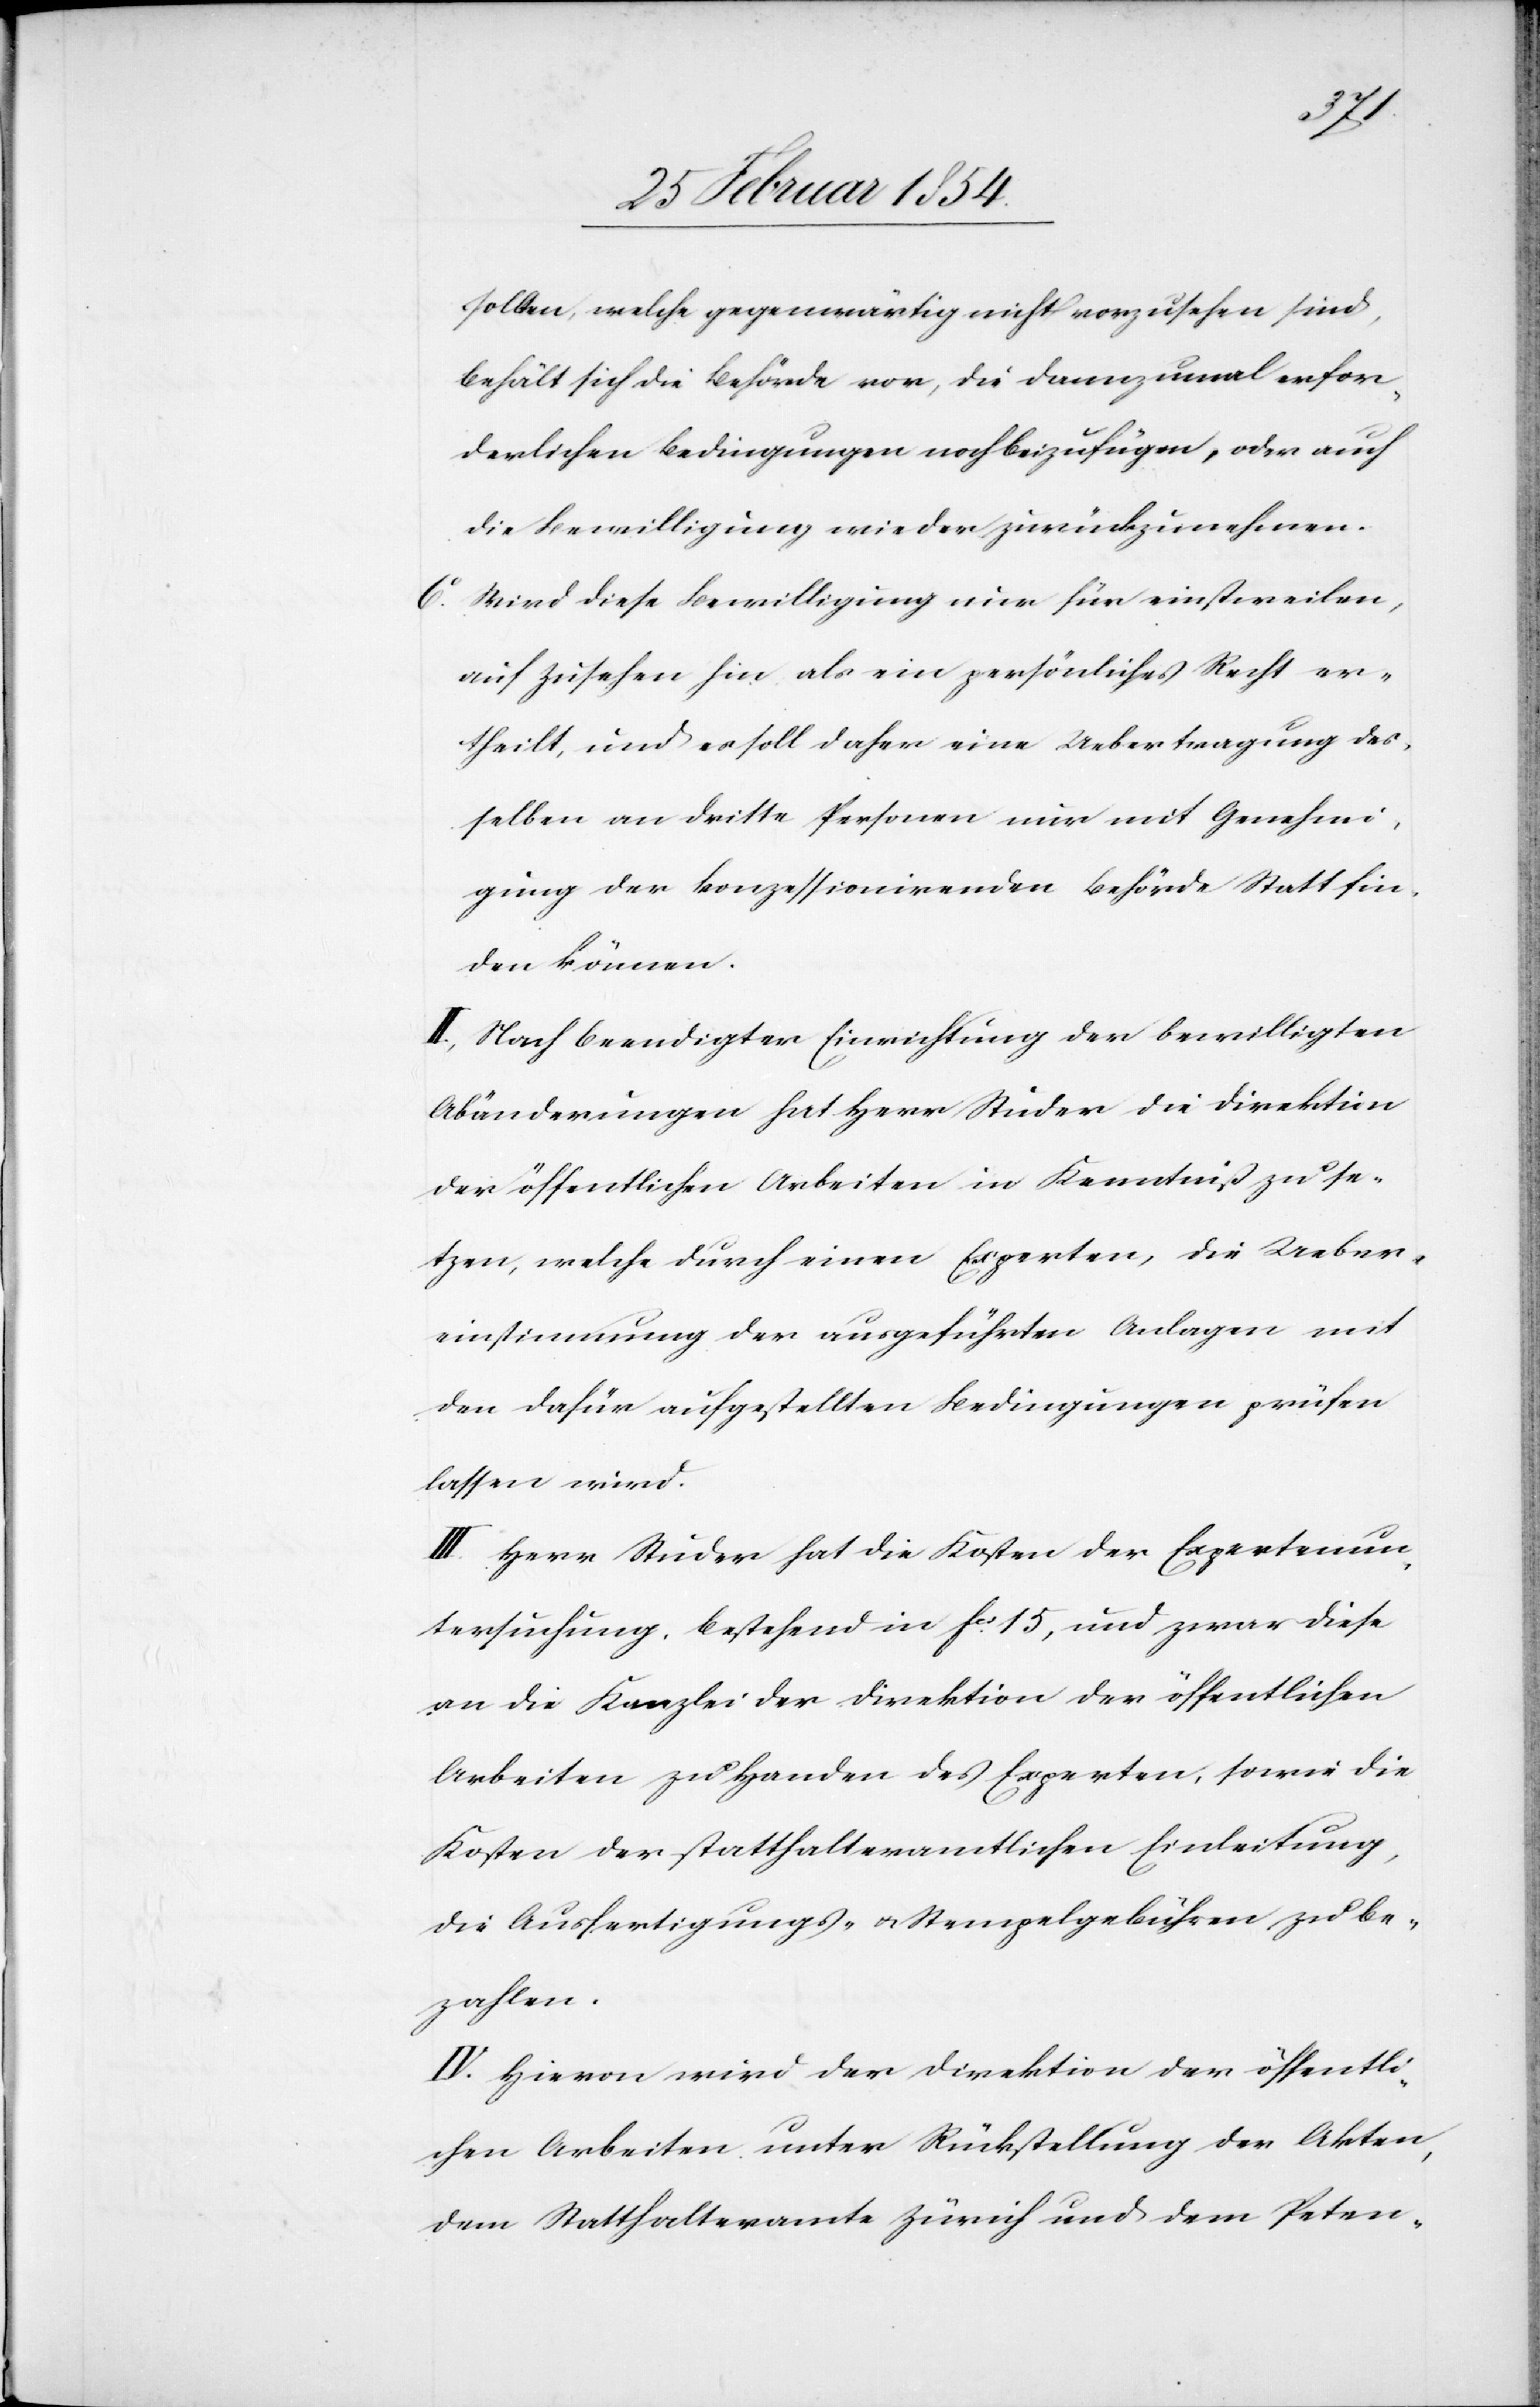
sollten, welche gegenwärtig nicht vorzusehen sind,
behält sich die Behörde vor, die dannzumal erfor¬
derlichen Bedingungen noch beizufügen, oder auch
die Bewilligung wieder zurückzunehmen.
6o Wird diese Bewilligung nur für einstweilen,
auf Zusehen hin als ein persönliches recht er¬
theilt, und es soll daher eine Uebertragung des¬
selben an dritte Personen nur mit Genehmi¬
gung der konzessionirenden Behörde Statt fin¬
den können.
II. Nach beendigter Einrichtung der bewilligten
Abänderungen hat Herr Studer die Direktion
der öffentlichen Arbeiten in Kenntniß zu se¬
tzen, welche durch einen Experten, die Ueber¬
einstimmung der ausgeführten Anlagen mit
den dafür aufgestellten Bedingungen prüfen
lassen wird.
III. Herr Studer hat die Kosten der Expertenun¬
tersuchung, bestehend in Fcs 15, und zwar diese
an die Kanzlei der Direktion der öffentlichen
Arbeiten zu Handen des Experten, sowie die
Kosten der statthalteramtlichen Einleitung,
die Ausfertigungs- u. Stempelgebühren zu be¬
zahlen.
IV. Hievon wird der Direktion der öffentli¬
chen Arbeiten unter Rückstellung der Akten,
dem Statthalteramte Zürich und dem Peten-